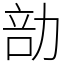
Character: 勏